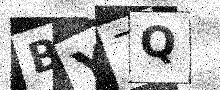
Text: BY7Q